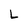
Character: L